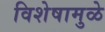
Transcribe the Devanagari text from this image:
विशेषामुळे